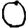
Digit: 0